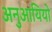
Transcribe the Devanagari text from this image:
अनुआयियो